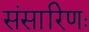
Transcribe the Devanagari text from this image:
संसारिणः